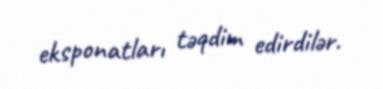
eksponatları təqdim edirdilər.